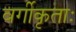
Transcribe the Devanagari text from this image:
वर्गीकृताः